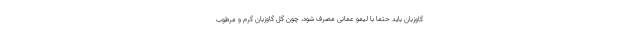
گاوزبان باید حتما با لیمو عمانی مصرف شود، چون گل گاوزبان گرم و مرطوب